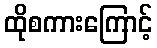
ထိုစကားကြောင့်